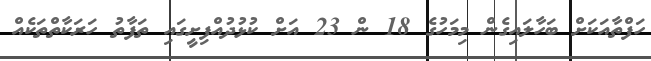
ހަފްތާއަކަށް ބަހާލައިގެން މިމަހުގެ 18 ން 23 އަށް ކުޅުދުއްފިށީގައި ތަފާތު ހަރަކާތްތަކެއް